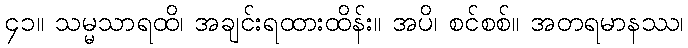
၄၁။ သမ္မသာရထိ၊ အချင်းရထားထိန်း။ အပိ၊ စင်စစ်။ အတရမာနဿ၊